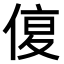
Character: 𠋩